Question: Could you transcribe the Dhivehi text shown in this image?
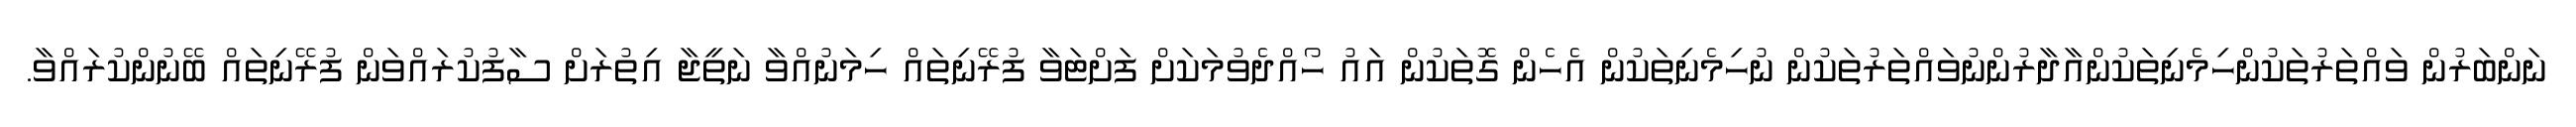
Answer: ނަންބަރުން ވައްތަރުތަކުންހިމެނިތަކުންއާދާރުންނުވައްތަރުތަކުން ނުހިމެނިތަކުން އެހެން ގޮތަކުން އައު ހޯއްދެވުމަކަށް ފަށްޓަވާ ފުރޭނިތައް ހިމަނުއްވާ ނަތީޖާ އިތުރަށް ސާފުކުރައްވަން ފުރޭނިތައް ބޭނުންކުރައްވާ.